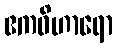
ဧကဝိဟာရော